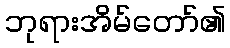
ဘုရားအိမ်တော်၏